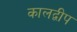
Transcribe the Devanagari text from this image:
कालद्वीप